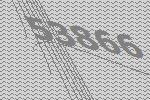
53866